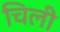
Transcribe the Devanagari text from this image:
चिली